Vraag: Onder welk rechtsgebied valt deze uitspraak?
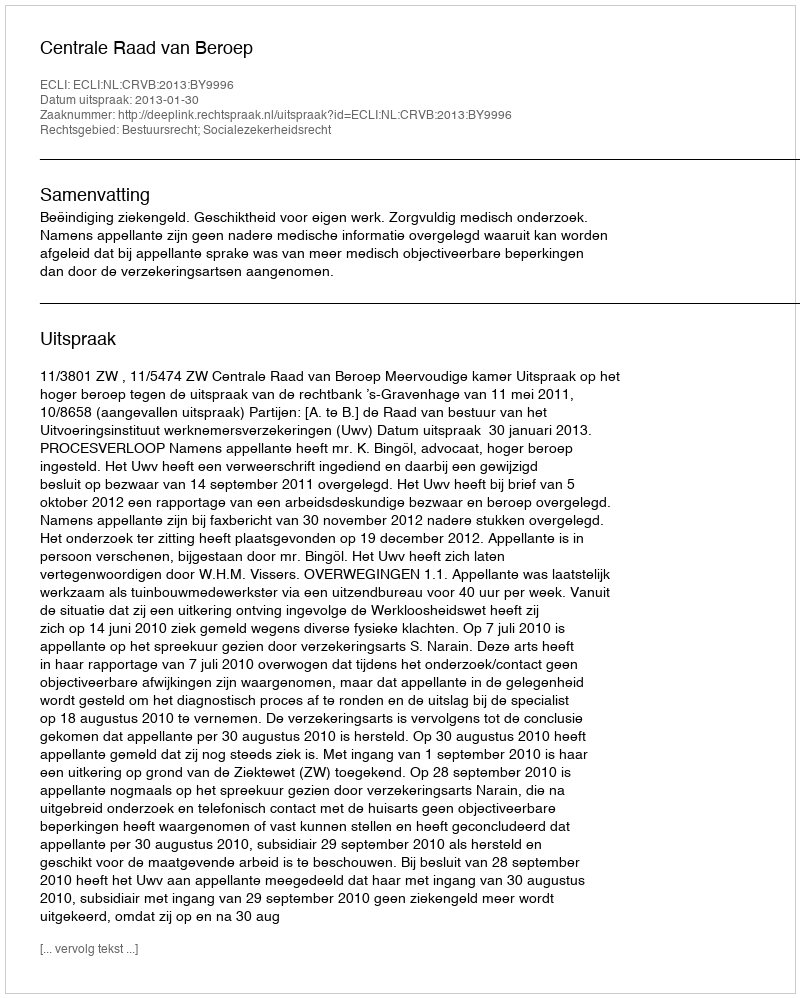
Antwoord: Bestuursrecht; Socialezekerheidsrecht